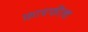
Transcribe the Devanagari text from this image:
फ़ायफील्ड